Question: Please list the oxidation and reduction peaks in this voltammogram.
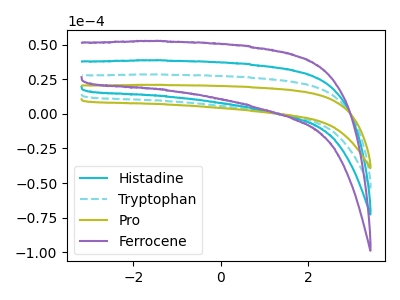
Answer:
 <answer>The cyan curve "Histadine" has no peaks. The cyan dashed curve "Tryptophan" has no peaks. The olive curve "Pro" has no peaks. The purple curve "Ferrocene" has no peaks.</answer>
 <eval></eval>